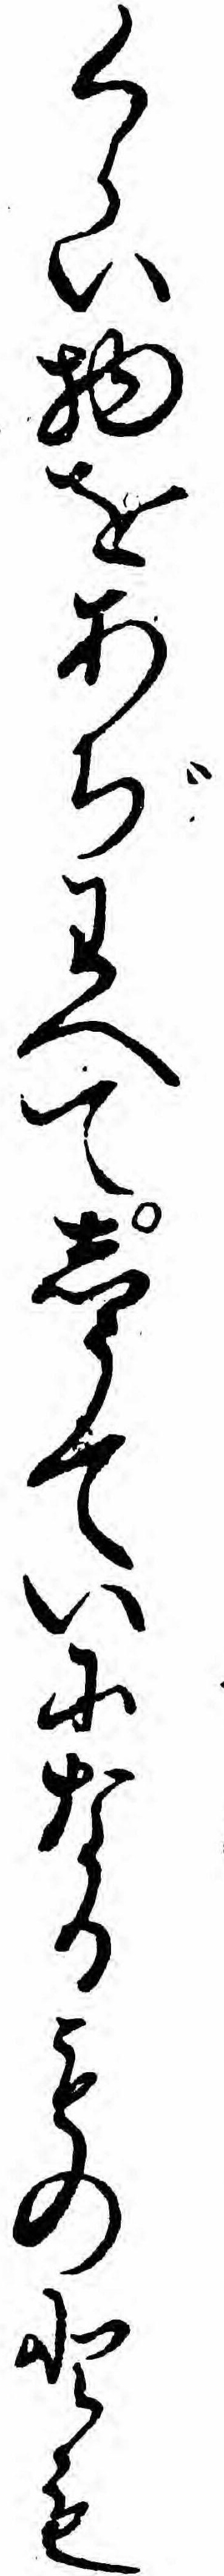
くらい物をあぢわへてしうていになるものとも